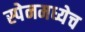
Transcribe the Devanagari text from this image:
स्पेनमध्येच